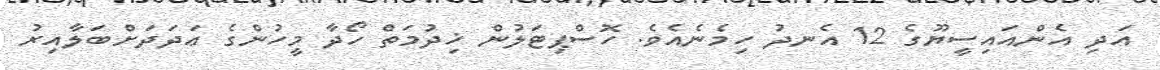
އަދި އެންއައިސީޔޫގެ 12 އެނދު ހިމެނެއެވެ. ހޮސްޕިޓަލުން ޚިދުމަތް ހޯދާ މީހުންގެ ޢަދަދަށްބަލާއިރު